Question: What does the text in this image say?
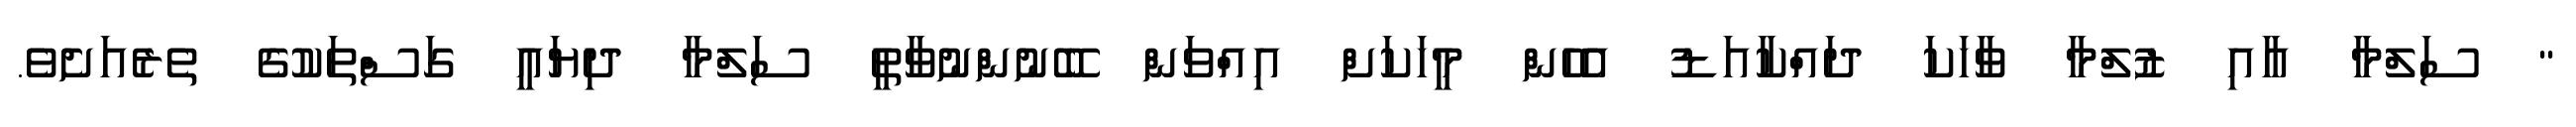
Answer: " ސަލްމާ އާއި ޒުލްމާ ވާހަކަ ދައްކާއަޑު އެހެން މީހަކަށް އިއްވަން ބޭނުންނުވާތީ ސަލްމާ ދިޔައީ ގަސްތަކުގެ ތެރެއަށެވެ.